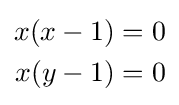
{\begin{aligned}x(x-1)&=0\\x(y-1)&=0\end{aligned}}